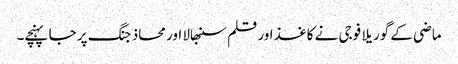
ماضی کے گوریلا فوجی نے کاغذ اور قلم سنبھالا اور محاذ جنگ پر جا پہنچے۔